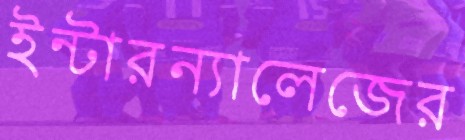
ইন্টারন্যালেজের